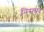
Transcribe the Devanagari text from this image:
निसपद